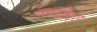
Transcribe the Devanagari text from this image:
कारडेट्स